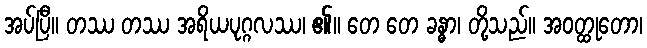
အပ်ပြီ။ တဿ တဿ အရိယပုဂ္ဂလဿ၊ ၏။ တေ တေ ခန္ဓာ၊ တို့သည်။ အဝတ္ထုတော၊